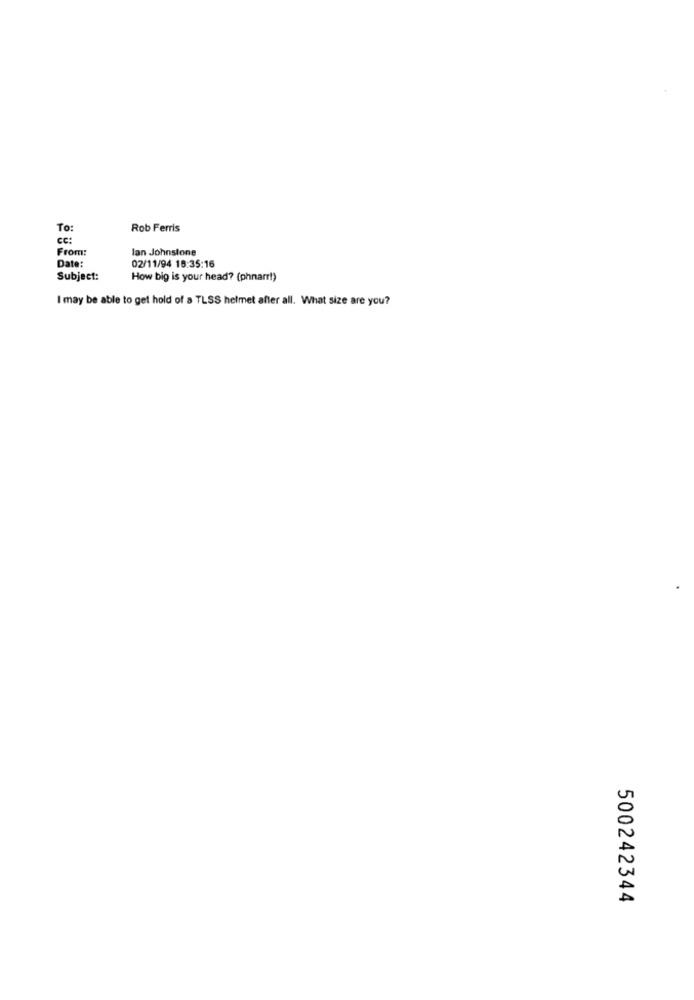
To:
Rob Ferris
cc:
From:
lan Johnstone
Date:
02/11/94 18:35:16
Subject:
How big is your head? (phnarr!)
I may be able to get hold of a TLSS helmet after all. What size are you?
500242344